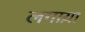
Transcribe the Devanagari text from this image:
लगाय़ा